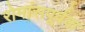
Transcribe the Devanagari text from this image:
रोमांसपूर्वक